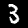
Digit: 3